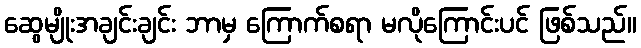
ဆွေမျိုးအချင်းချင်း ဘာမှ ကြောက်စရာ မလိုကြောင်းပင် ဖြစ်သည်။